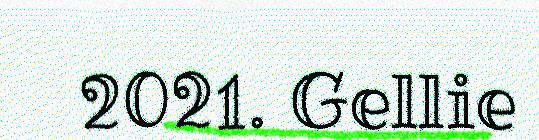
2021. Gellie